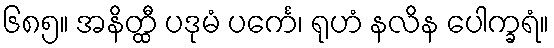
၆၈၅။ အနိတ္ထီ ပဒုမံ ပင်္ကေ၊ ရုဟံ နလိန ပေါက္ခရံ။